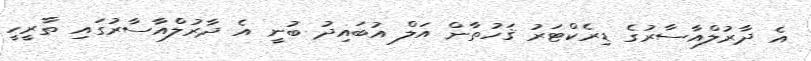
އެ ދާރުލްއާސާރުގެ ޑިރެކްޓަރު ޤަހުތާން އަލް އުބައިދު ބުނީ އެ ދާރުލްއާސާރުގައި ތާރީހީ